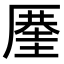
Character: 𠪤